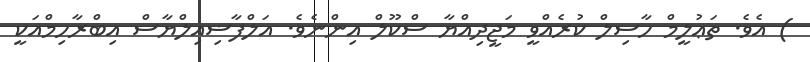
) އެވެ. ތަޢުލީމް ހާސިލް ކުރެއްވީ މަޖީދިއްޔާ ސްކޫލް އިންނެވެ. އަލްފާޟިއިލްޔާސް އިބްރާހިމްއަކީ